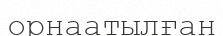
орнаатылған